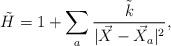
LaTeX: \begin{align*}\tilde{H}= 1+\sum_a \frac{\tilde{k}}{|\vec{X}-\vec{X}_a|^{2}},\end{align*}